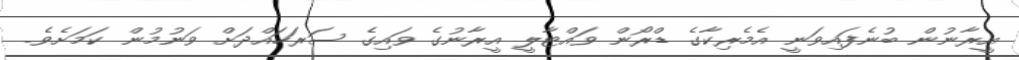
އީރާނުން ބުނެފައިވަނީ އެމެރިކާގެ ޑްރޯން ވައްޓާލީ އީރާނުގެ ވައިގެ ސަރަހައްދަށް ވަނުމުން ކަމަށެވެ.